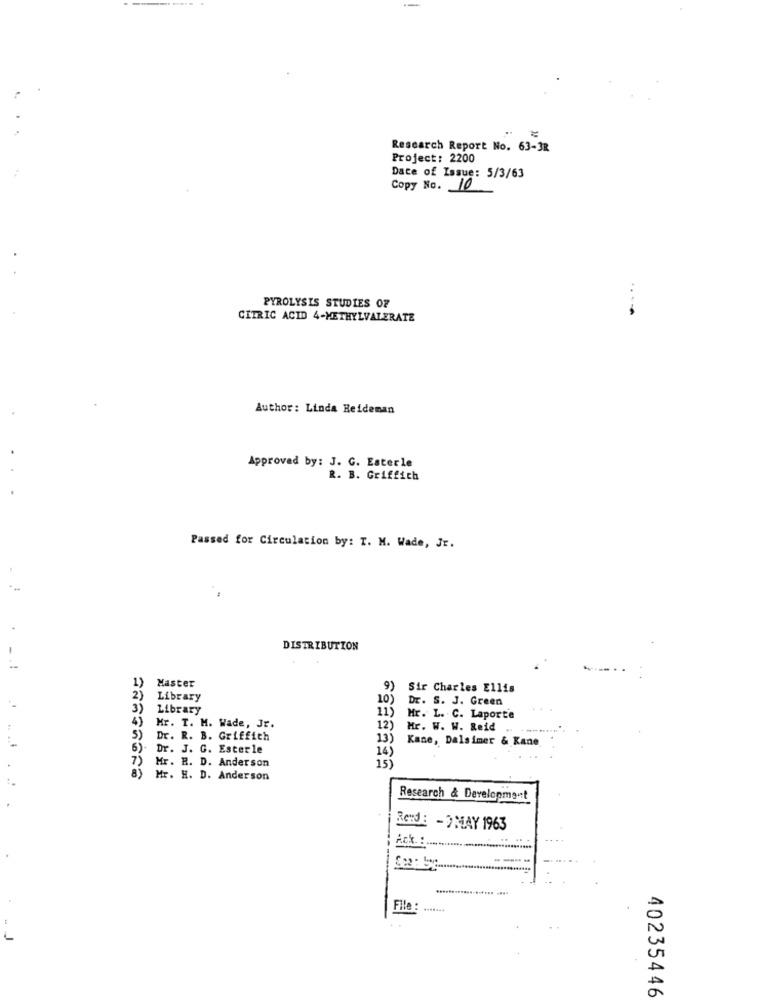
=
Research Report No. 63-3R
Project: 2200
Date of Issue: 5/3/63
Copy No. 10
..
PYROLYSIS STUDIES OF
CITRIC ACID 4-METHYLVALERATE
Author: Linda Heideman
Approved by: J. G. Esterle
R. B. Griffith
Passed for Circulation by: T. M. Wade, Jr.
DISTRIBUTION
1) Master
Sir Charles Ellis
2) Library
10)
Dr. S. J. Green
3) Library
4)
11)
Hr. L. C. Laporte
Mr. T. M. Wade, Jr.
12)
Mr. W. W. Reid ..
Dr. R. B. Griffich
13)
Kane, Dalsimer & Kane
6). Dr. J. G. Esterle
7)
Mr. R. D. Anderson
14)
8)
15
Mr. H. D. Anderson
Research & Development
Rend: - DMAY 1963
Act .:
----
File :
.......
40235446